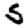
Digit: 5